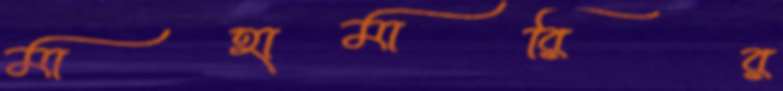
মাহামারির